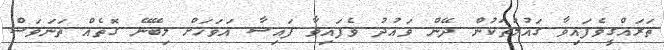
ތަރައްގީވެފައިވާ ގައުމުތަކުން ދޭން ވައުދު ވެފައިވާ ފައިސާ އަވަހަށް ލިބޭނޭ ގޮތެއް ތަނަވަސް